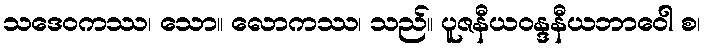
သဒေဝကဿ၊ သော။ လောကဿ၊ သည်။ ပူဇနီယဝန္ဒနီယဘာဝေါ စ၊